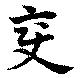
變